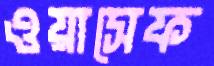
ওয়াসেফ